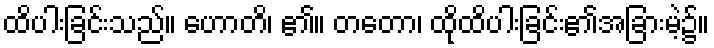
ထိပါးခြင်းသည်။ ဟောတိ၊ ၏။ တတော၊ ထိုထိပါးခြင်း၏အခြားမဲ့၌။